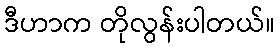
ဒီဟာက တိုလွန်းပါတယ်။